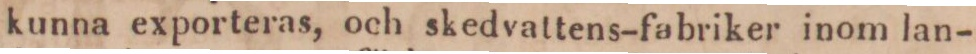
kunna exporteras, och skedvattens-fabriker inom lan-